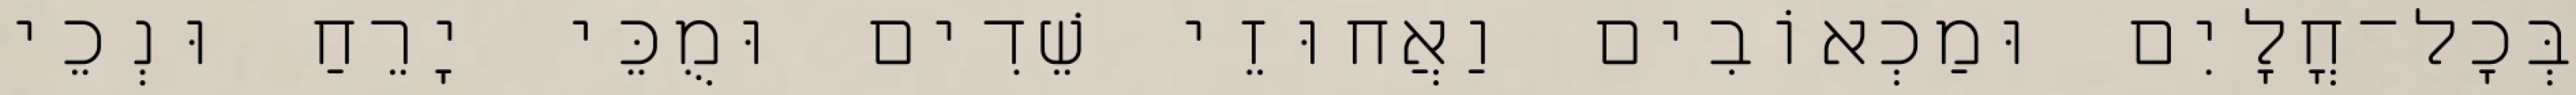
בְּכָל־חֳלָיִם וּמַכְאוֹבִים וַאֲחוּזֵי שֵׁדִים וּמֻכֵּי יָרֵחַ וּנְכֵי